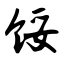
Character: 馁